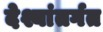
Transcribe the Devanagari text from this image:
देश्यांतर्गत